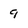
Character: 9